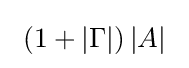
\ \left(1+|\Gamma |\right)|A|\